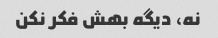
نه، دیگه بهش فکر نکن